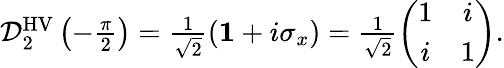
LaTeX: \begin{array}{r}{\mathcal{D}_{2}^{\mathrm{HV}}\left(-\frac{\pi}{2}\right)=\frac{1}{\sqrt{2}}\left({\mathbf 1}+i\sigma_{x}\right)=\frac{1}{\sqrt{2}}\left(\begin{array}{cc}{1}&{i}\\ {i}&{1}\end{array}\right).}\end{array}